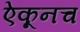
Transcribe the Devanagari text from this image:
ऐकूनच